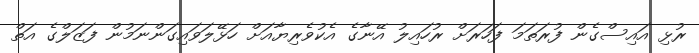
ރުޅި އައިސްގެން ފުރަތަމަ ފަހަރަށް ރުހައިލު އޭނާގެ އެކުވެރިޔާއަށް ހަޅޭލަވައިގަންނަމުން ފަޒަލްގެ އަތް